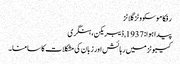
رفکا موسکووٹز گلاٹز
پیدا ہوا: 1937, ڈیبریکن، ہنگری
کیبوٹز میں رہائش اور زبان کی مشکلات کا سامنا۔